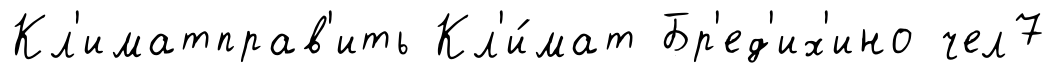
Кл'иматправ'ить Кл'и́мат Бр'ед'их'ино чел7